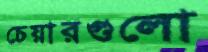
চেয়ারগুলো